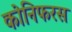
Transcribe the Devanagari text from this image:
कोनिफरस